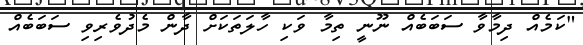
"ކަމެއް ދިމާވާ ސަބަބެއް ނޫނީ ތިމާ ވަކި ހާލަތަކަށް ދާން މެދުވެރިވި ސަބަބެއް